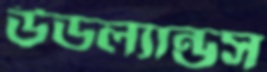
উডল্যান্ডস